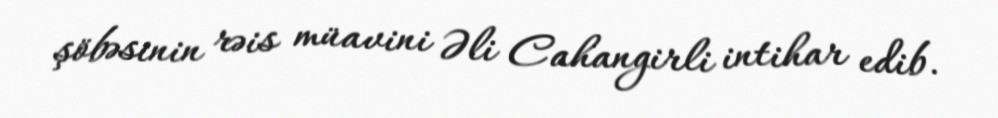
şöbəsinin rəis müavini Əli Cahangirli intihar edib.